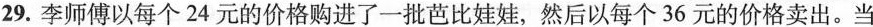
29.李师傅以每个24元的价格购进了一批比娃娃，然后以每个36元的价格卖。当